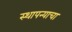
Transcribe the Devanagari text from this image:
स्थापन्याचा